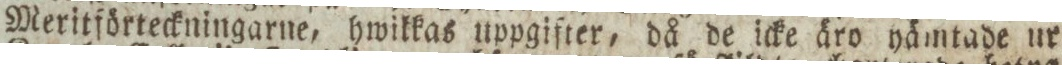
Meritförteckningarne, hwikkas uppgifter, då de icke äro hämtade ur